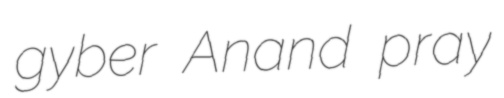
gyber Anand pray